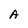
Character: A